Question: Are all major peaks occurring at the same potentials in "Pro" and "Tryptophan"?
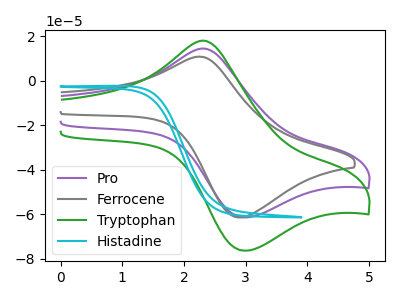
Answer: <think>The purple curve "Pro" has an anodic peak at (2.35V, 14.45uA) and a cathodic peak at (2.95V, -61.40uA). The gray curve "Ferrocene" has an anodic peak at (2.25V, 10.80uA) and a cathodic peak at (2.90V, -61.45uA). The green curve "Tryptophan" has an anodic peak at (2.35V, 17.95uA) and a cathodic peak at (2.95V, -76.35uA). The cyan curve "Histadine" has no peaks.</think>
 <answer>Yes, "Pro" have a peak in "Tryptophan" at the same potential.</answer>
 <eval>match</eval>